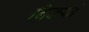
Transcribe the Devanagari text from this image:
निकयां